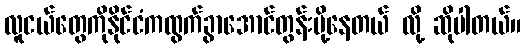
လူငယ်တွေကိုနိုင်ငံကထွက်ခွာအောင်တွန်းပို့နေတယ် လို့ ဆိုပါတယ်။